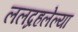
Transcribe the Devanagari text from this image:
ललद्रहलेल्या